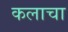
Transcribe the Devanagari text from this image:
कलाचा